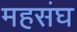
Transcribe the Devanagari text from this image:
महसंघ